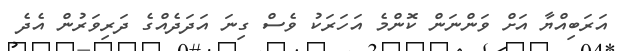
އަރަބިއްޔާ އަށް ވަންނަން ކޮންމެ އަހަރަކު ވެސް ގިނަ އަދަދެއްގެ ދަރިވަރުން އެދެ